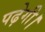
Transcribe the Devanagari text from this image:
पढ़ेगी।